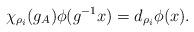
LaTeX: \begin{align*}\chi_{\rho_i}(g_{A})\phi(g^{-1}x)=d_{\rho_i}\phi(x).\end{align*}